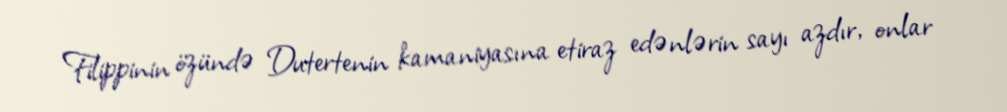
Filippinin özündə Dutertenin kamaniyasına etiraz edənlərin sayı azdır, onlar